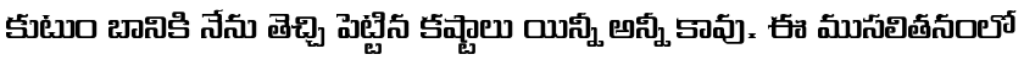
కుటుం బానికి నేను తెచ్చి పెట్టిన కష్టాలు యిన్నీ అన్నీ కావు. ఈ ముసలితనంలో